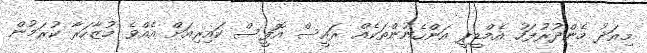
މިއަދު މެންދުރުފަހު އެމްޑީޕީ އަންހެނުންތަކެއް ރައީސް އޮފީސް ކައިރިއަށް އެއްވެ މުޒާހަރާ ކުރަމުން